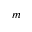
m